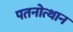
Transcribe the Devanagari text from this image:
पतनोत्थान